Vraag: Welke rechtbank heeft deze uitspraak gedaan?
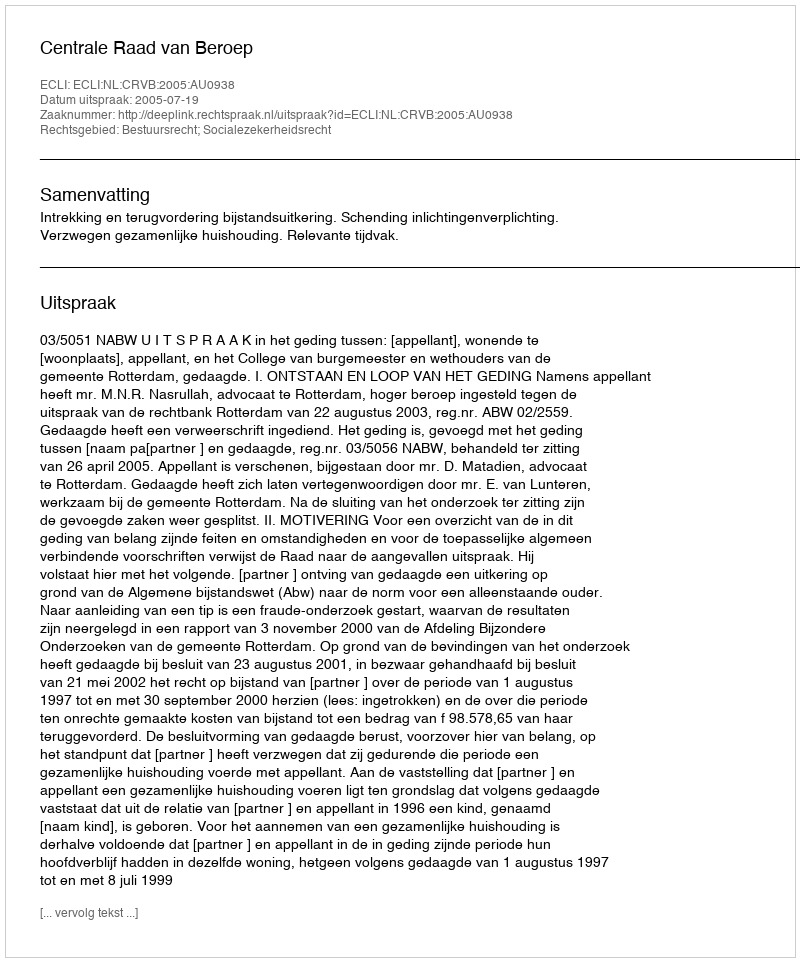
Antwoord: Centrale Raad van Beroep